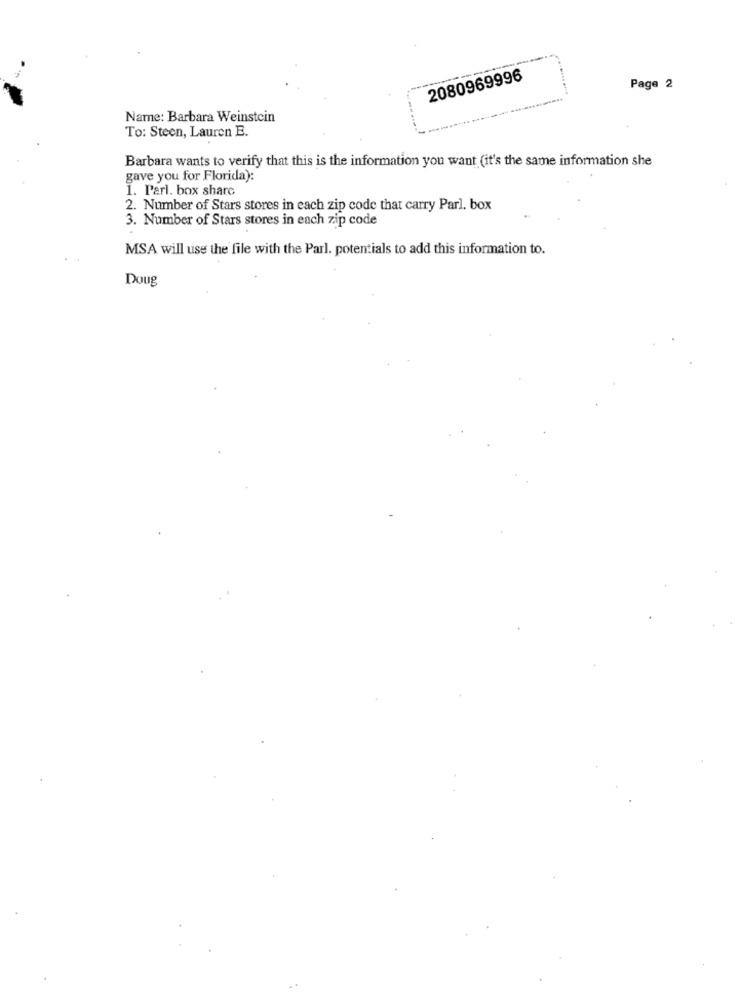
2080969996
Page 2
Name: Barbara Weinstein
To: Steen, Lauren E.
Barbara wants to verify that this is the information you want (it's the same information she
gave you for Florida):
1. Parl. box share
2. Number of Stars stores in each zip code that carry Parl. box
3. Number of Stars stores in each zip code
MSA will use the file with the Parl. potentials to add this information to.
Doug